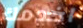
اخدمك